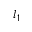
l _ { 1 }